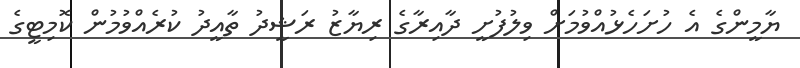
ޔާމީންގެ އެ ހުށަހެޅުއްވުމަށް ވިލުފުށީ ދާއިރާގެ ރިޔާޒު ރަޝީދު ތާއީދު ކުރެއްވުމުން ކޮމިޓީގެ